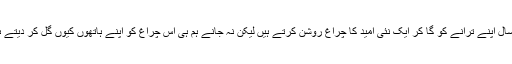
ہر سال اپنے ترانے کو گا کر ایک نئی امید کا چراغ روشن کرتے ہیں لیکن نہ جانے ہم ہی اس چراغ کو اپنے ہاتھوں کیوں گل کر دیتے ہیں۔